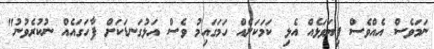
ނަމަވެސް އެއްވެސް ފިޔަވަޅެއް އެޅި ކަމަކަށެއް ހަމަގައިމު ވެސް އަޅުގަނޑަކަށް ފާހަގައެއް ނުކުރެވުނު"